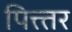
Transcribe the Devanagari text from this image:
पित्त्तर